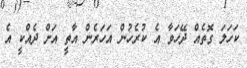
ކަހަލަ ގޮތެއް ދޭހަވާ އެ ކުރެހުން އަހަރެން އާތީ އަށް ދެއްކީ އެ